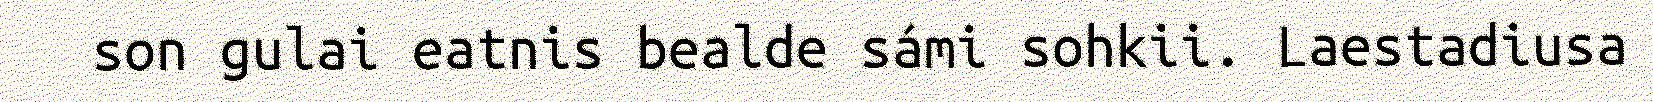
son gulai eatnis bealde sámi sohkii. Laestadiusa